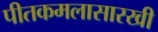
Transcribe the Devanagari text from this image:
पीतकमलासारखी